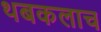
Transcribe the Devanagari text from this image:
थबकलाच